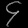
Digit: ၄